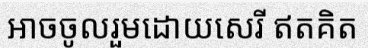
អាចចូលរួមដោយសេរី ឥតគិត